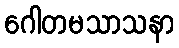
ဂေါတမသာသနာ